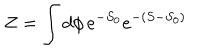
LaTeX: Z = \int d \phi \, e ^ { - S _ { 0 } } e ^ { - ( S - S _ { 0 } ) }